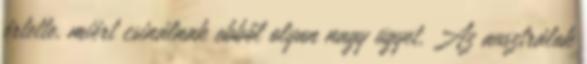
értette, miért csinálnak ebből olyan nagy ügyet. Az ausztrálok